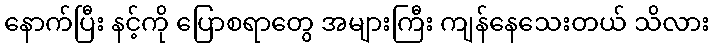
နောက်ပြီး နင့်ကို ပြောစရာတွေ အများကြီး ကျန်နေသေးတယ် သိလား